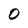
Character: 0